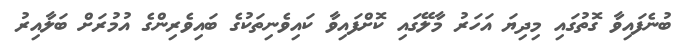
ބުނެފައިވާ ގޮތުގައި މިދިޔަ އަހަރު މާލޭގައި ކޮށްފައިވާ ކައިވެނިތަކުގެ ބައިވެރިންގެ އުމުރަށް ބަލާއިރު